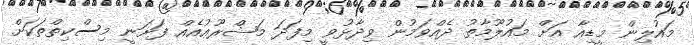
މައުލިން މީޑިއާ އަށް މައުލޫމާތު ދެއްވަމުން ވިދާޅުވީ މިފަދަ މަޝްރޫޢުއެއް ފަށަނީ މިސްކިތްތަކަށް